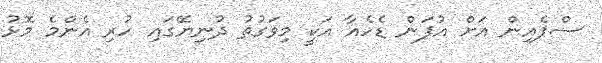
ސްޕެއިން އަށް އުފަން ޑެހެއާ އަކީ މިވަގުތު ދުނިޔޭގައި ހުރި އެންމެ މޮޅު